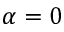
\alpha = 0